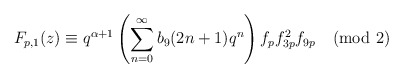
\begin{align*}F_{p,1}(z)\equiv q^{\alpha+1}\left(\sum_{n=0}^{\infty}b_9(2n+1)q^{n}\right) f_pf^{2}_{3p}f_{9p}\pmod{2}\end{align*}